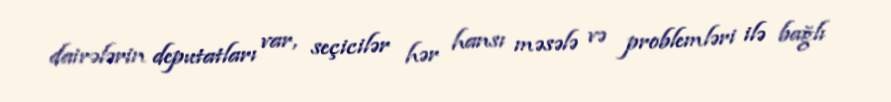
dairələrin deputatları var, seçicilər hər hansı məsələ və problemləri ilə bağlı